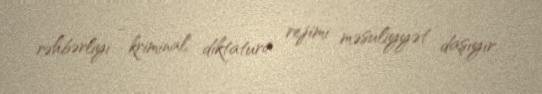
rəhbərliyi - kriminal, diktatura rejimi məsuliyyət daşıyır.